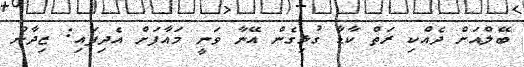
ބޭލްއަށް ދެއްކި ރަތް ކާޑާ ގުޅިގެން އޭނާ ވަނީ މައާފަށް އެދިފައި: ޒިދާން